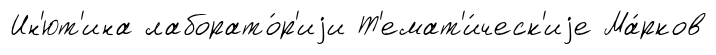
Ин'ют'ина лаборато́р'иjи Т'емат'и́ческ'иjе Ма́рков